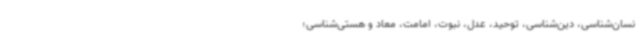
نسان‌شناسی، دین‌شناسی، توحید، عدل، نبوت، امامت، معاد و هستی‌شناسی؛